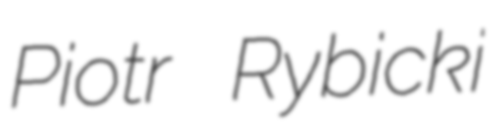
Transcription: Piotr Rybicki